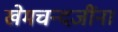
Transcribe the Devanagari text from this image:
खेमचन्दजींना